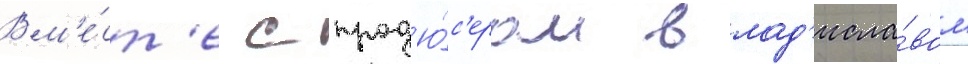
Вм'е́ст'е с прод'ю́с'ером влад'исла́вом